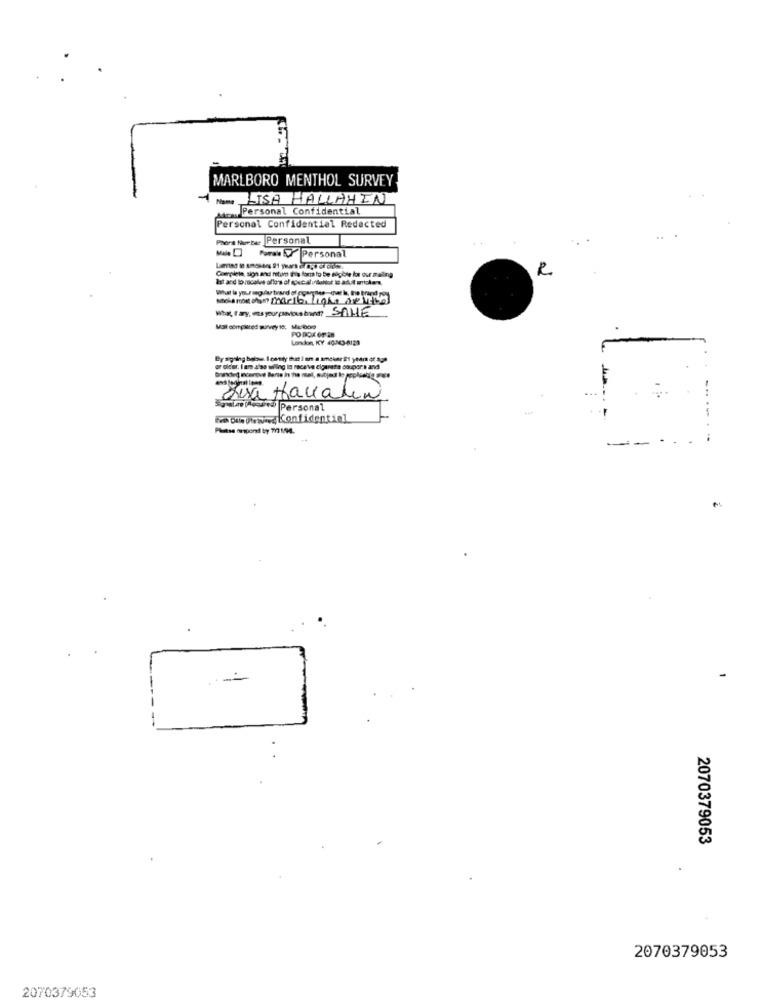
MARLBORO MENTHOL SURVEY
LISA HALLAHIN
Anon Personal Confidential
Personal Confidentiel Redacted
Phora Nurtes Personal
Poral Personal
Completa sign and return thia for to be sigble ke our mailing
R
What la your mag lu tard di py
yes,that he, the brand po
What, If any, was your previous band? SALLE
Mal compitted survey 10. Me:600
POROK OF 28
London, ICY 40343-6129
Birkeund Per
Personal
fre Des uweweed Confidential
Please ormond by 777194.
-
2070379053
2070379053
2070379053